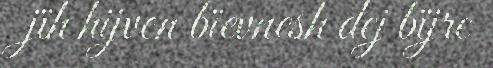
jïh hijven bïevnesh dej bïjre